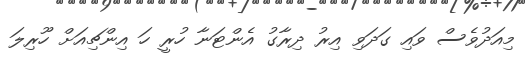
މިއަދުވެސް ވައި ގަދަވި އިރު ދިރާގު އެންޓަނާ ހުރީ ހަ އިންޗިއަށް ހޫރިލަ